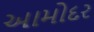
આમોદર